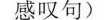
感叹句)